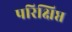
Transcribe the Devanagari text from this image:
परिक्षिप्त